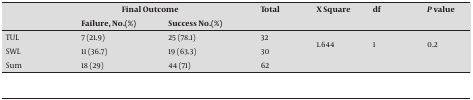
<table><thead><tr><td></td><td colspan="2"><b>Final Outcome</b></td><td><b>Total </b></td><td><b>X Square </b></td><td><b>df</b></td><td><b><i>P</i> value</b></td></tr><tr><td></td><td><b>Failure, No.(%)</b></td><td><b>Success No.(%)</b></td><td></td><td></td><td></td><td></td></tr></thead><tbody><tr><td>TUL</td><td>7 (21.9)</td><td>25 (78.1)</td><td>32</td><td rowspan="2">1.644</td><td rowspan="2">1</td><td rowspan="2">0.2</td></tr><tr><td>SWL</td><td>11 (36.7)</td><td>19 (63.3)</td><td>30</td></tr><tr><td>Sum</td><td>18 (29)</td><td>44 (71)</td><td>62</td><td></td><td></td><td></td></tr></tbody></table>